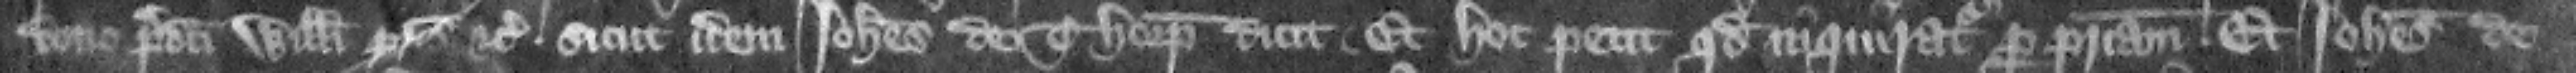
dono predicti Willelmi patris etc. sicut idem Iohannes de Thorp dicit. Et hoc petit quod inquiratur per patriam. Et Iohannes de